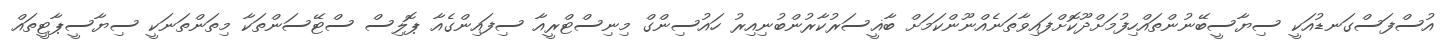
އުސްފަސްގަނޑުއަކީ ސިޔާސީބޭނުންތައްހިފުމަށްދޫކޮށްފައިވާތަނެއްނޫންކަމަށް ބާޣީސަރުކާރުންބުނިއިރު ހައުސިންގް މިނިސްޓްރީއާ ސިފައިންގެއާ ޕޮލިސް ސްޓޭސަންތަކާ މިތަންތަނަކީ ސިޔާސީޕާޓީތައް